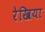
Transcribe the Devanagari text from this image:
रेखिया